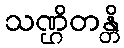
သဏ္ဌိတန္တိ